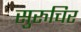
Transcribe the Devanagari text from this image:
सुरुचिर